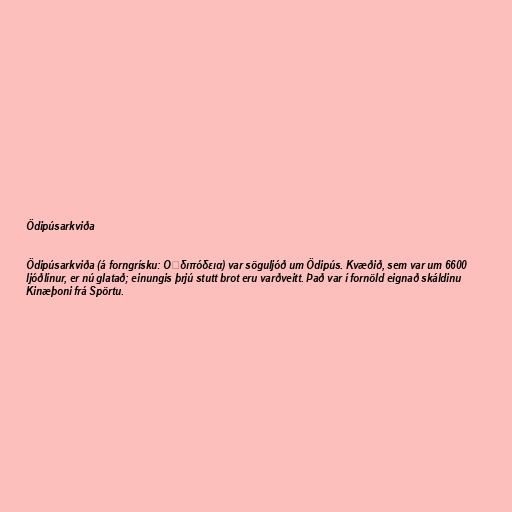
Ödipúsarkviða

Ödipúsarkviða (á forngrísku: Οἰδιπόδεια) var söguljóð um Ödipús. Kvæðið, sem var um 6600
ljóðlínur, er nú glatað; einungis þrjú stutt brot eru varðveitt. Það var í fornöld eignað skáldinu
Kinæþoni frá Spörtu.